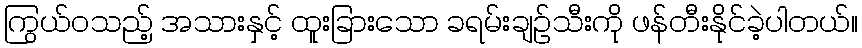
ကြွယ်ဝသည့် အသားနှင့် ထူးခြားသော ခရမ်းချဉ်သီးကို ဖန်တီးနိုင်ခဲ့ပါတယ်။